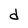
Character: d